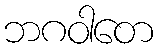
ဘဂဝါတေ